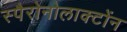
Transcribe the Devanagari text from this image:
स्पैरोनोलाक्टोंन